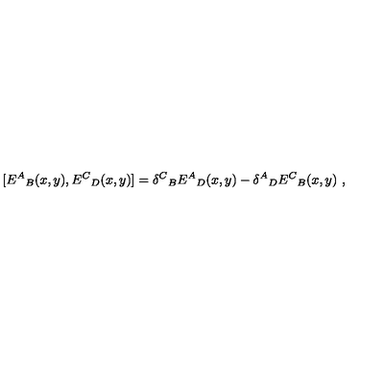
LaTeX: [ { E ^ { A } } _ { B } ( x , y ) , { E ^ { C } } _ { D } ( x , y ) ] = { \delta ^ { C } } _ { B } { E ^ { A } } _ { D } ( x , y ) - { \delta ^ { A } } _ { D } { E ^ { C } } _ { B } ( x , y ) \ ,